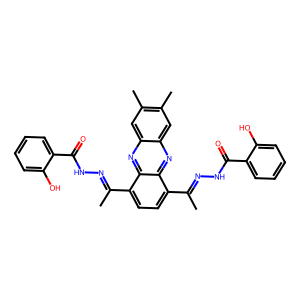
SMILES: CC(=NNC(=O)c1ccccc1O)c1ccc(C(C)=NNC(=O)c2ccccc2O)c2nc3cc(C)c(C)cc3nc12
Inhibits HIV replication: No